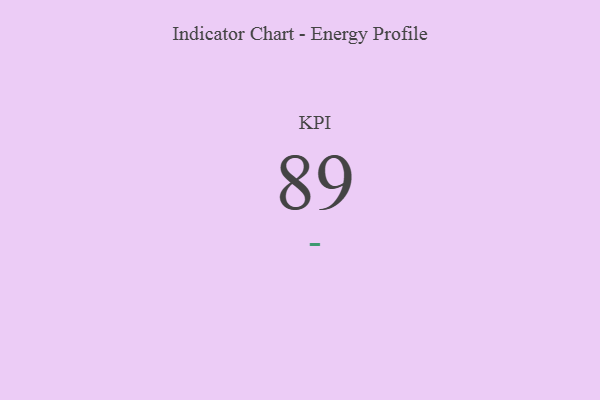
{"axis": {"x": "KPI", "y": "Value"}, "legend": [""], "data": [{"x": "KPI", "y": 89, "type": ""}]}